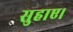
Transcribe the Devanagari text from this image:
सुहाए।